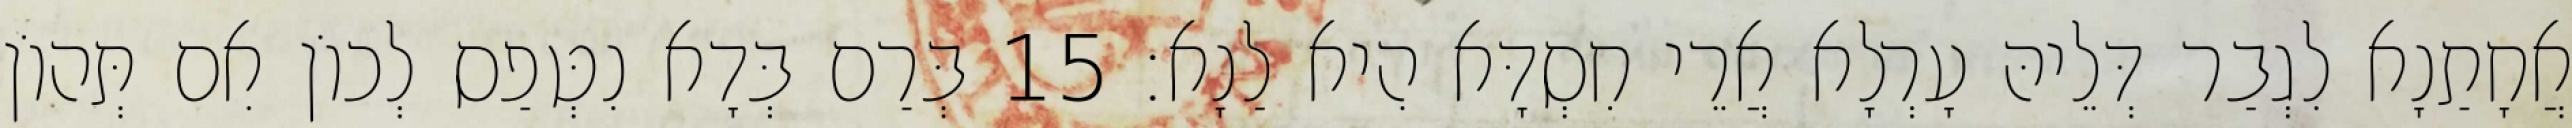
אֲחָתַנָא לִגְבַר דְּלֵיהּ עָרְלָא אֲרֵי חִסְדָּא הִיא לַנָא׃ 15 בְּרַם בְּדָא נִטְּפַס לְכוֹן אִם תְּהוֹן